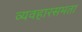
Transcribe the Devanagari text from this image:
व्यवहारसमता